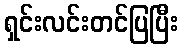
ရှင်းလင်းတင်ပြပြီး